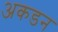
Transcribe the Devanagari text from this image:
अकडन